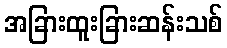
အခြားထူးခြားဆန်းသစ်